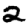
Digit: 2